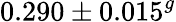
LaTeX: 0.290\pm 0.015^{g}